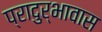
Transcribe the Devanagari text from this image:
प्रादुर्भावास